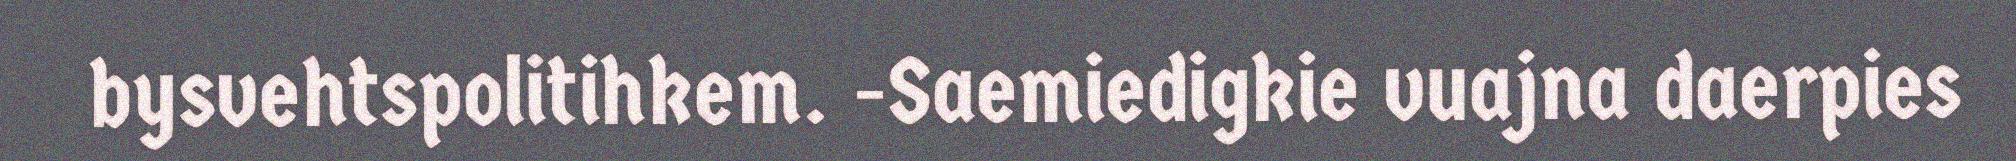
bysvehtspolitihkem. -Saemiedigkie vuajna daerpies